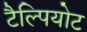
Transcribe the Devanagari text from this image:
टैल्पियोट